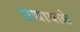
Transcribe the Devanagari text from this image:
प्रथावाले